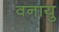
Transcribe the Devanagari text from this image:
वनायु